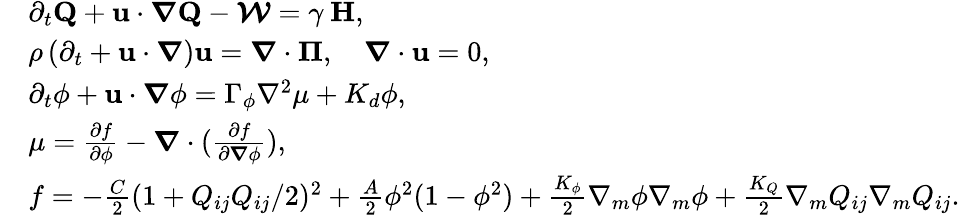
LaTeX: \begin{array}{rl}&{\partial_{t}\textbf{Q}+\textbf{u}\cdot\boldsymbol{\nabla}\textbf{Q}-\boldsymbol{\mathcal{W}}=\gamma\: \textbf{H},}\\ &{\rho\left(\partial_{t}+\textbf{u}\cdot\boldsymbol{\nabla}\right)\textbf{u}=\boldsymbol{\nabla}\cdot\boldsymbol{\Pi},\quad\boldsymbol{\nabla}\cdot\textbf{u}=0,}\\ &{\partial_{t}\phi+\textbf{u}\cdot\boldsymbol{\nabla}\phi=\Gamma_{\phi}\nabla^{2}\mu+K_{d}\phi,}\\ &{\mu=\frac{\partial f}{\partial\phi}-\boldsymbol{\nabla}\cdot(\frac{\partial f}{\partial\boldsymbol{\nabla}\phi}),}\\ &{f=-\frac{C}{2}(1+Q_{ij}Q_{ij}/2)^{2}+\frac{A}{2}\phi^{2}(1-\phi^{2})+\frac{K_{\phi}}{2}\nabla_{m}\phi\nabla_{m}\phi+\frac{K_{Q}}{2}\nabla_{m}Q_{ij}\nabla_{m}Q_{ij}.}\end{array}